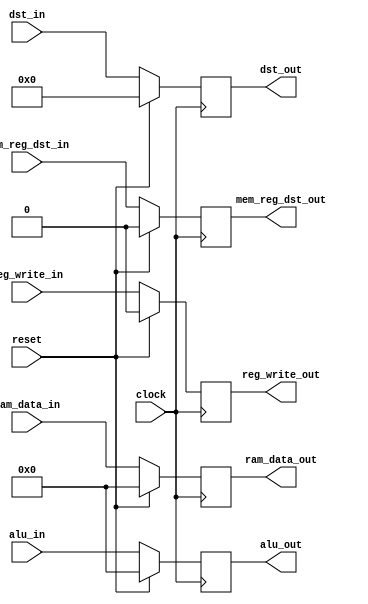
module MEM_WB_pipe(
	input wire clock,
	input wire reset,
	input wire reg_write_in,
	input wire mem_reg_dst_in,
	input wire [31:0] alu_in,	
	input wire [31:0] ram_data_in,
	input wire [4:0] dst_in,
	output reg [31:0] ram_data_out,
	output reg [31:0] alu_out,
	output reg mem_reg_dst_out,
	output reg reg_write_out,
	output reg [4:0] dst_out);
	
	initial begin
		reg_write_out = 0;
		mem_reg_dst_out = 0;
		ram_data_out = 32'h00000000;
		alu_out = 32'h00000000;
		dst_out = 5'b00000;
	end
	
	always @(posedge clock) begin
		if (reset == 1'b1) begin
			reg_write_out <= 0;
			mem_reg_dst_out <= 0;
			ram_data_out <= 32'h000000000;
			alu_out <= 32'h00000000;
			dst_out <= 5'b00000;
		end else begin
			reg_write_out <= reg_write_in;
			mem_reg_dst_out <= mem_reg_dst_in;
			ram_data_out <= ram_data_in;
			alu_out <= alu_in;
			dst_out <= dst_in;
		end
	end
endmodule